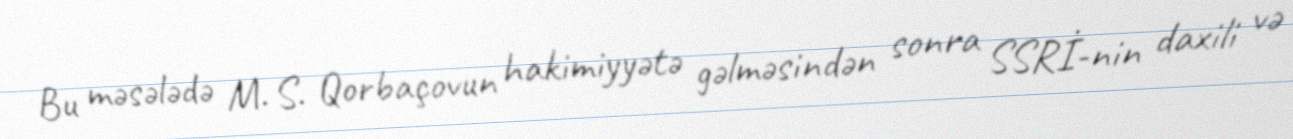
Bu məsələdə M. S. Qorbaçovun hakimiyyətə gəlməsindən sonra SSRİ-nin daxili və